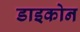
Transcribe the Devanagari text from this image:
डाइकोन